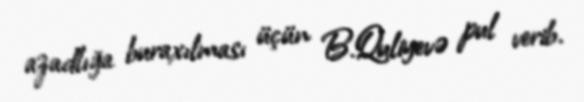
azadlığa buraxılması üçün B.Quliyevə pul verib.